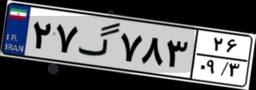
۴۹گ۰۲۵۲۳